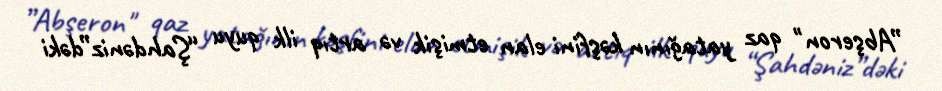
”Abşeron" qaz yatağının kəşfini elan etmişik və artıq ilk quyu “Şahdəniz”dəki